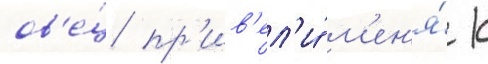
ов'е́ц пр'ив'ел'и́ м'ен'я́ к